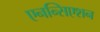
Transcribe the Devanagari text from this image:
एनन्सिएशन